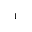
^ 1